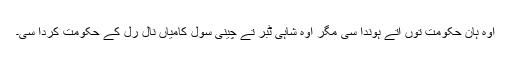
اوہ ہان حکومت توں اتے ہوندا سی مگر اوہ شاہی ٹبر تے چینی سول کامیاں نال رل کے حکومت کردا سی۔